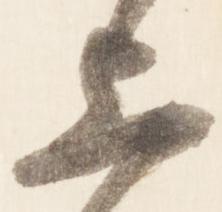
上